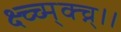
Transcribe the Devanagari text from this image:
क्ष्च्च्म्क्च्न्।।